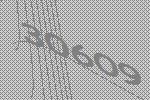
30609